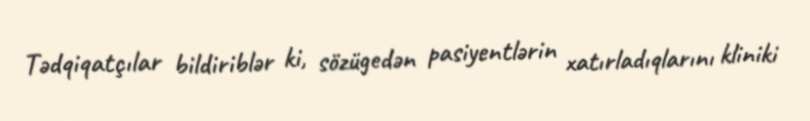
Tədqiqatçılar bildiriblər ki, sözügedən pasiyentlərin xatırladıqlarını kliniki